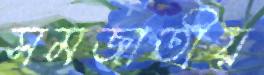
সমজাতীয়